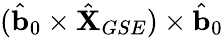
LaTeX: (\hat{\mathbf{b}}_{0}\times\hat{\mathbf{X}}_{GSE})\times\hat{\mathbf{b}}_{0}